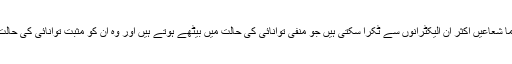
اس کے علاوہ گیما شعاعیں اکثر ان الیکٹرانوں سے ٹکرا سکتی ہیں جو منفی توانائی کی حالت میں بیٹھے ہوتے ہیں اور وہ ان کو مثبت توانائی کی حالت میں لے آتی ہیں۔